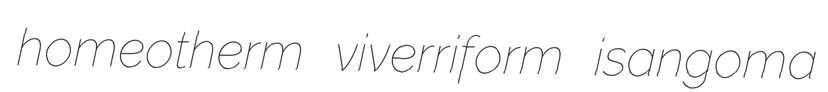
homeotherm viverriform isangoma